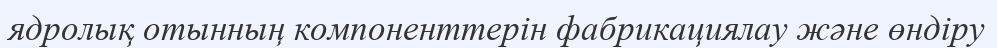
ядролық отынның компоненттерін фабрикациялау және өндіру